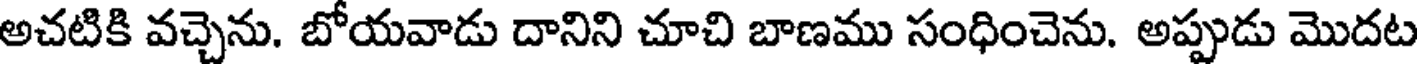
అచటికి వచ్చెను. బోయవాడు దానిని చూచి బాణము సంధించెను. అప్పుడు మొదట